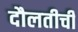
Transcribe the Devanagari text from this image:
दौलतीची